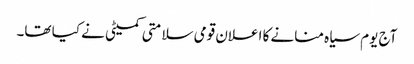
آج یوم سیاہ منانے کا اعلان قومی سلامتی کمیٹی نے کیا تھا۔